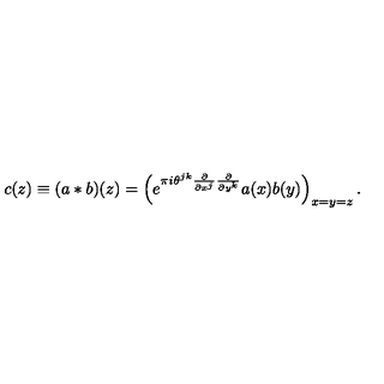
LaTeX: c ( z ) \equiv ( a \ast b ) ( z ) = \left( e ^ { \pi i \theta ^ { j k } \frac { \partial } { \partial x ^ { j } } \frac { \partial } { \partial y ^ { k } } } a ( x ) b ( y ) \right) _ { x = y = z } .